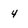
Character: 4